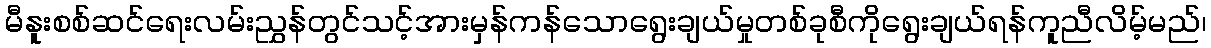
မီနူးစစ်ဆင်ရေးလမ်းညွှန်တွင်သင့်အားမှန်ကန်သောရွေးချယ်မှုတစ်ခုစီကိုရွေးချယ်ရန်ကူညီလိမ့်မည်၊